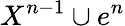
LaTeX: X^{n-1}\cup e^{n}